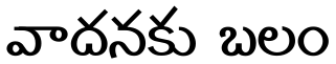
వాదనకు బలం